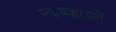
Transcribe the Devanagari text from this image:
न्यायशास्त्रों